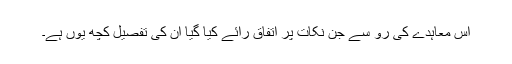
اس معاہدے کی رو سے جن نکات پر اتفاق رائے کیا گیا ان کی تفصیل کچھ یوں ہے۔